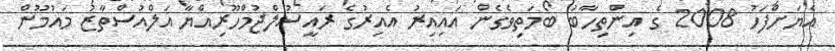
އެޔަށްފަހު 2008 ގެ އިންތިހާބު ބޯމަތިވެގެން އައިއިރު އެއިރުގެ ރައީސުލްޖުމްހޫރިއްޔާ އަލްއުސްތާޒު މައުމޫން